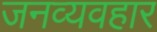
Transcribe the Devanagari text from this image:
जनव्यवहार